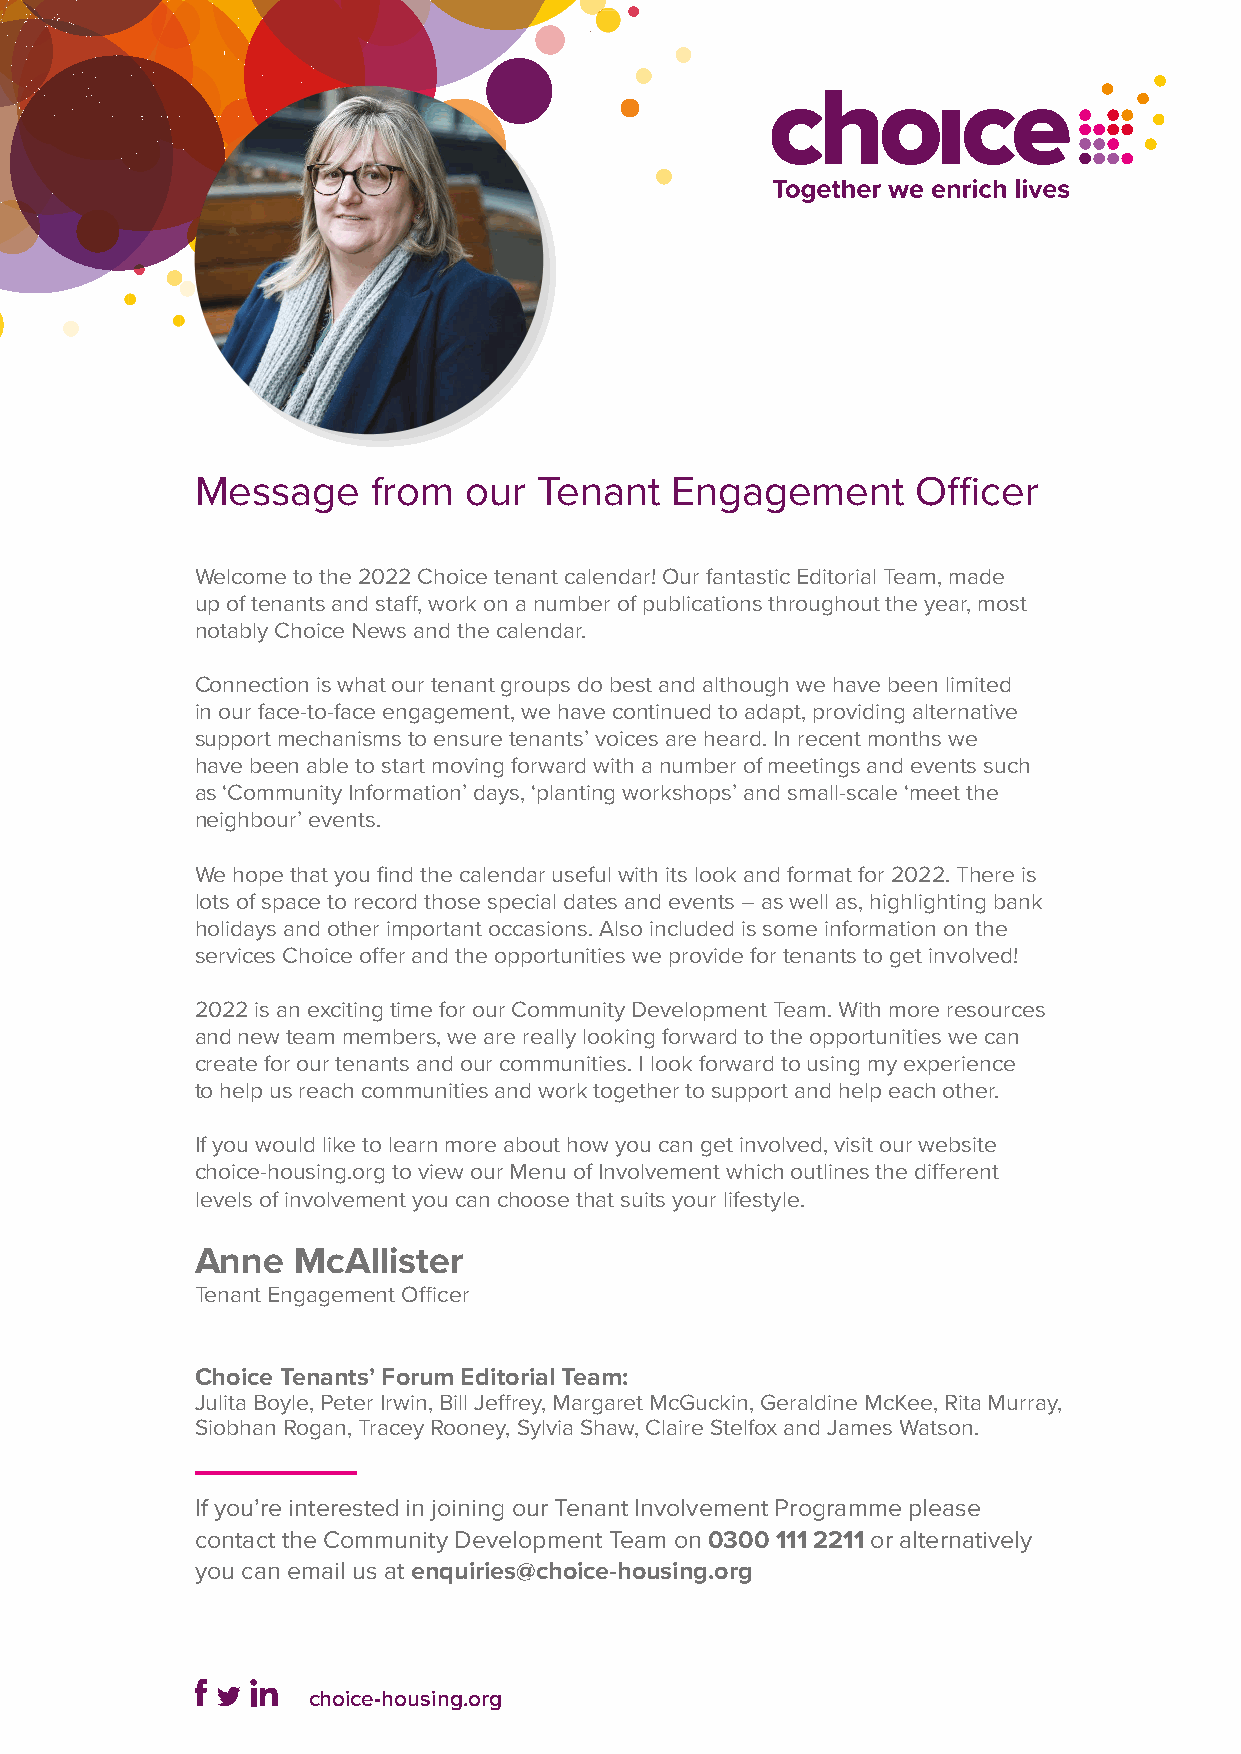
Message     from  our  Tenant  Engagement       Officer
 Welcome to the 2022 Choice tenant calendar! Our fantastic Editorial Team, made
 up of tenants and staff, work on a number of publications throughout the year, most
 notably Choice News and the calendar.
 Connection is what our tenant groups do best and although we have been limited
 in our face-to-face engagement, we have continued to adapt, providing alternative
 support mechanisms to ensure tenants’ voices are heard. In recent months we
 have been able to start moving forward with a number of meetings and events such
 as ‘Community Information’ days, ‘planting workshops’ and small-scale ‘meet the
 neighbour’ events.
 We hope that you find the calendar useful with its look and format for 2022. There is
 lots of space to record those special dates and events – as well as, highlighting bank
 holidays and other important occasions. Also included is some information on the
 services Choice offer and the opportunities we provide for tenants to get involved!
 2022 is an exciting time for our Community Development Team. With more resources
 and new team members, we are really looking forward to the opportunities we can
 create for our tenants and our communities. I look forward to using my experience
 to help us reach communities and work together to support and help each other.
 If you would like to learn more about how you can get involved, visit our website
 choice-housing.org to view our Menu of Involvement which outlines the different
 levels of involvement you can choose that suits your lifestyle.
 Anne  McAllister
 Tenant Engagement Officer
 Choice Tenants’ Forum Editorial Team:
 Julita Boyle, Peter Irwin, Bill Jeffrey, Margaret McGuckin, Geraldine McKee, Rita Murray,
 Siobhan Rogan, Tracey Rooney, Sylvia Shaw, Claire Stelfox and James Watson.
 If you’re interested in joining our Tenant Involvement Programme please
 contact the Community Development Team on 0300 111 2211 or alternatively
 you can email us at enquiries@choice-housing.org
 choice-housing.org